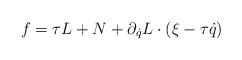
LaTeX: \begin{align*} f=\tau L+N+\partial_{\dot q}L\cdot(\xi-\tau \dot q)\end{align*}